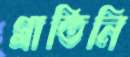
প্লাতিনি